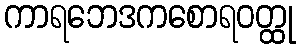
ကာရဘေဒကစောရဝတ္ထု